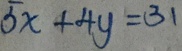
5 x + 4 y = 3 1